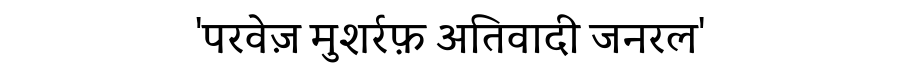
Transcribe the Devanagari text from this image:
'परवेज़ मुशर्रफ़ अतिवादी जनरल'